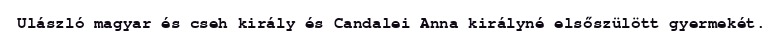
Ulászló magyar és cseh király és Candalei Anna királyné elsőszülött gyermekét.